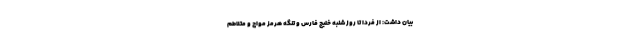
بیان داشت: از فردا تا روز شنبه خلیج فارس و تنگه هرمز مواج و متلاطم